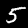
Label: 5